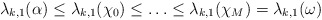
\begin{align*}\lambda_{k,1}(\alpha) \le \lambda_{k,1}(\chi_0) \le \ldots \le \lambda_{k,1}(\chi_M)=\lambda_{k,1}(\omega)\end{align*}